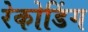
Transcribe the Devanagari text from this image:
रेकोडिंग